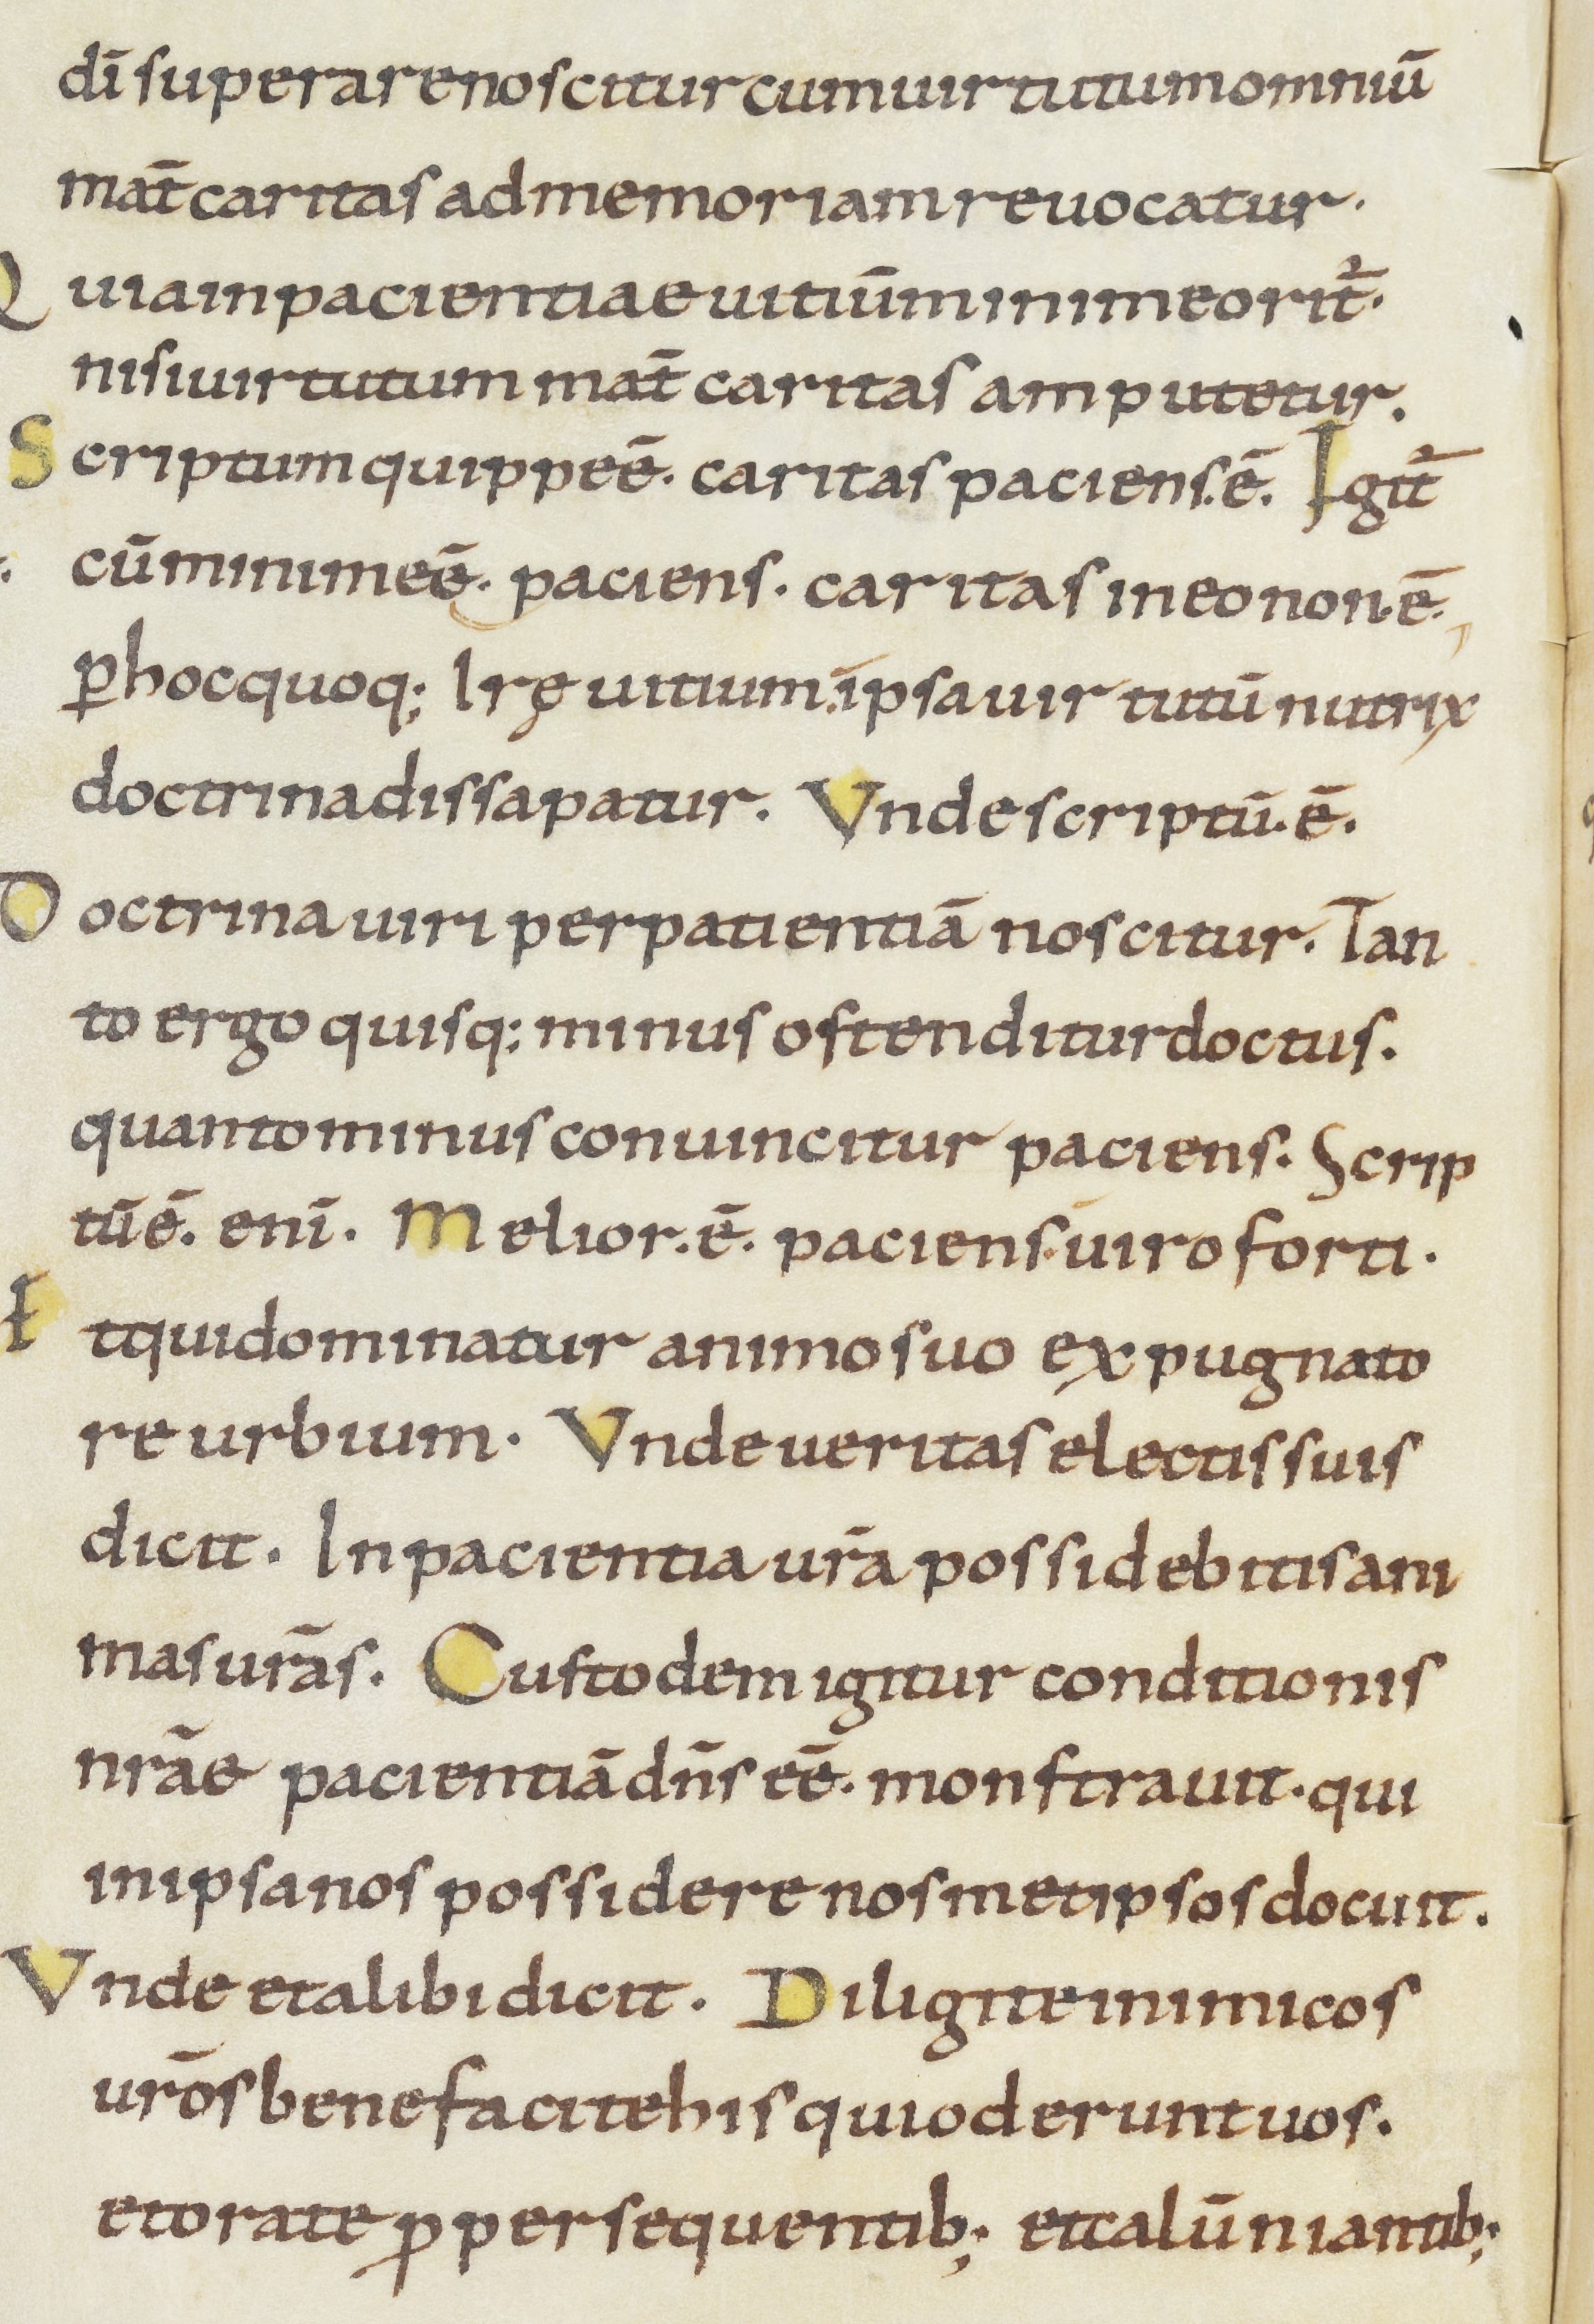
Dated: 900–999